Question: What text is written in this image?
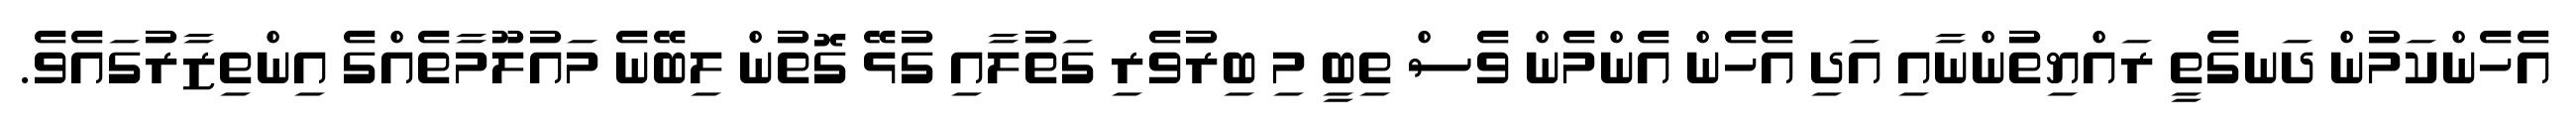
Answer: އެހެންކަމުން ދަނގެތީ ރައްޔިތުންނާއި އަދި އެހެން އެންމެން ވެސް ތިބީ މި ބިރުވެރި ގަތުލާއި ގުޅޭ ގޮތުން ލިބޭނެ މައުލޫމާތެއްގެ އިންތިޒާރުގައެވެ.